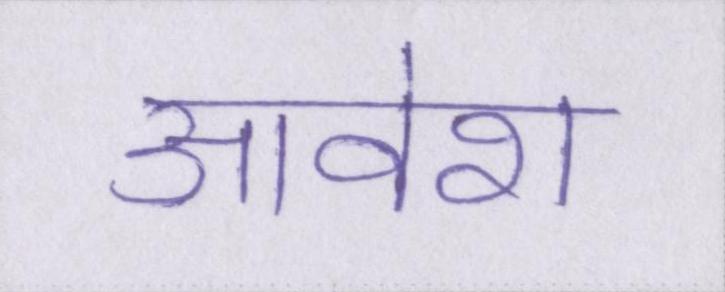
आवेश